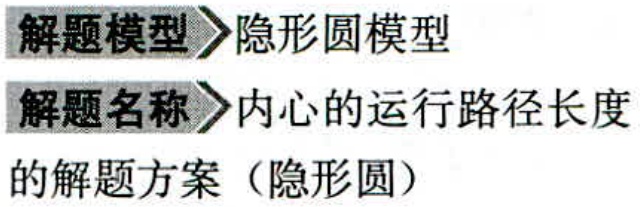
解题模型\rightarrow 隐形圆模型

解题名称\rightarrow 内心的运行路径长度

的解题方案（隐形圆）